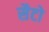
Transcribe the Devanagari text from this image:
सैटो